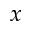
x